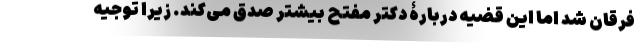
فرقان شد اما این قضیه دربارۀ دکتر مفتح بیشتر صدق می‌کند. زیرا توجیه